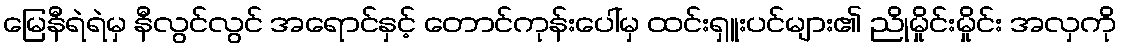
မြေနီရဲရဲမှ နီလွင်လွင် အရောင်နှင့် တောင်ကုန်းပေါ်မှ ထင်းရှူးပင်များ၏ ညိုမှိုင်းမှိုင်း အလှကို